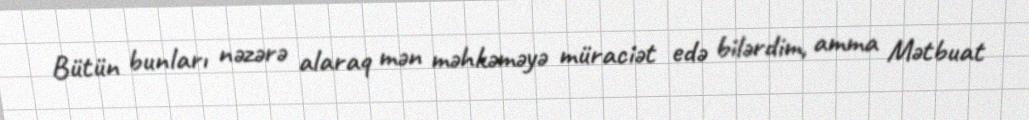
Bütün bunları nəzərə alaraq mən məhkəməyə müraciət edə bilərdim, amma Mətbuat